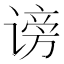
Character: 谤